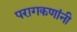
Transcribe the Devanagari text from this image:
परागकणांनी